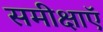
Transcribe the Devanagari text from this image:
समीक्षाऍ